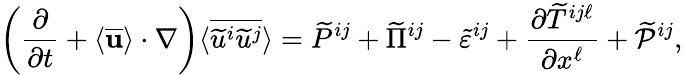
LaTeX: \left({\frac{\partial}{\partial t}+\langle{\overline{{\mathbf{u}}}}\rangle\cdot\nabla}\right)\langle{\overline{{{\widetilde{u}}^{i}{\widetilde{u}}^{j}}}}\rangle=\widetilde{P}^{ij}+\widetilde{\Pi}^{ij}-\widetilde{\varepsilon}^{ij}+\frac{\partial{\widetilde{T}}^{ij\ell}}{\partial x^{\ell}}+\widetilde{{\cal{P}}}^{ij},